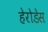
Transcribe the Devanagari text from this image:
हेरोडेस